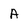
Character: A